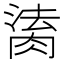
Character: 𦝎